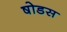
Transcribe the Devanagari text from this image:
षोडस